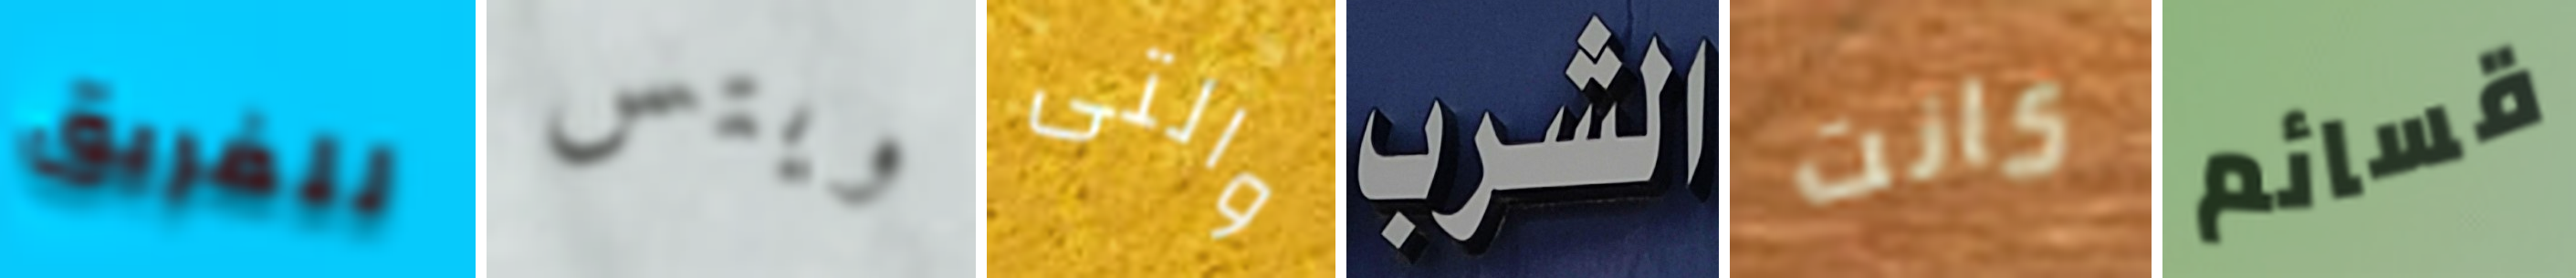
للفريق ويتس والتى الشرب كانت قسائم